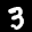
Label: 3